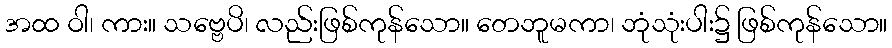
အထ ဝါ၊ ကား။ သဗ္ဗေပိ၊ လည်းဖြစ်ကုန်သော။ တေဘူမကာ၊ ဘုံသုံးပါး၌ ဖြစ်ကုန်သော။